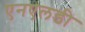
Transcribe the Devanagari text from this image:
एनएलडी